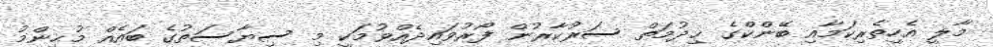
މާލީ އެހީތެރިކަމާއި ބޭންކްގެ ޚިދުމަތް ސަރުކާރުން ފޯރުވައިދެއްވުމަކީ މި ސިޔާސަތުގެ ބައެއް މުޙިންމު